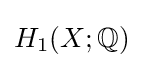
H_{1}(X;\mathbb {Q} )